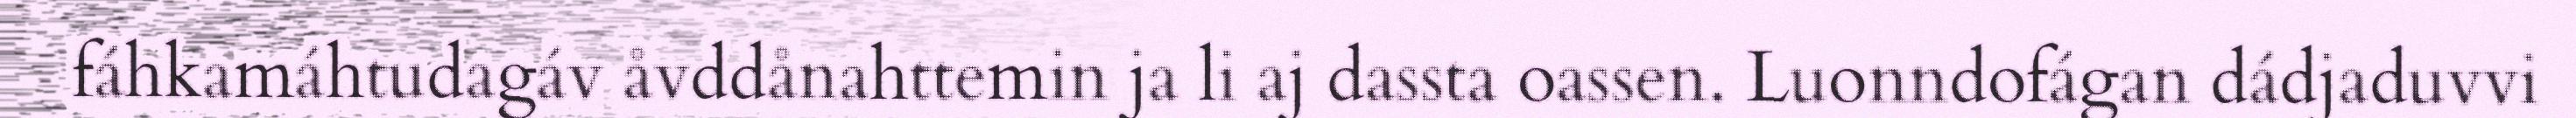
fáhkamáhtudagáv åvddånahttemin ja li aj dassta oassen. Luonndofágan dádjaduvvi